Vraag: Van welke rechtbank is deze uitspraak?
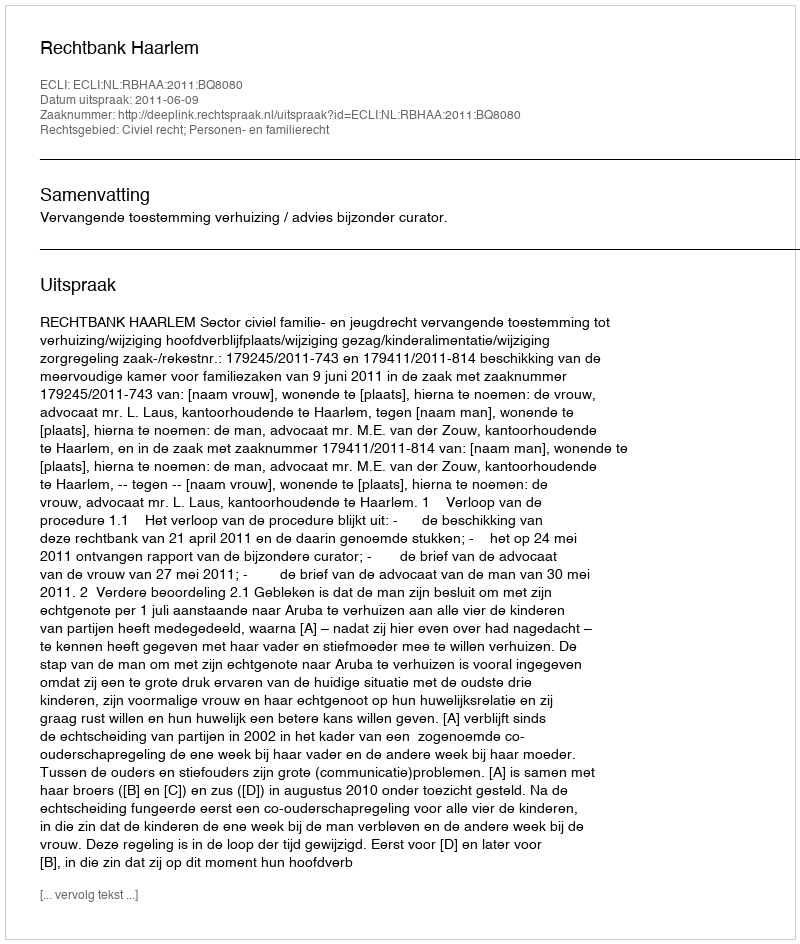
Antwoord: Rechtbank Haarlem